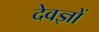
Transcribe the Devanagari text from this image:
देवज्ञों